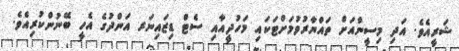
ޝަރީއެވެ. އަދި މިސީންއަށް ތައްޔާރުވުމަށްޓަކައި މަހުދީއާއި ސެޓް ޑިޒައިނަރ އަންދުގެ އެހީ ބޭނުންކުރިއެވެ.